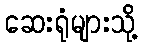
ဆေးရုံများသို့